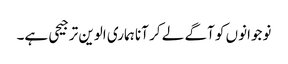
نوجوانوں کو آگے لے کر آنا ہماری الوین ترجیحی ہے۔